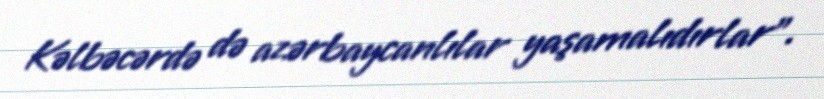
Kəlbəcərdə də azərbaycanlılar yaşamalıdırlar”.